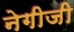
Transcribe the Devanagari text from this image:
नेगीजी